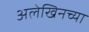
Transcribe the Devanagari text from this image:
अलेखिनच्या